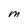
Character: M